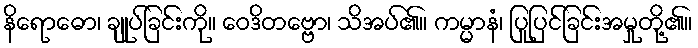
နိရောဓော၊ ချုပ်ခြင်းကို။ ဝေဒိတဗ္ဗော၊ သိအပ်၏။ ကမ္မာနံ၊ ပြုပြင်ခြင်းအမှုတို့၏။